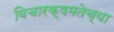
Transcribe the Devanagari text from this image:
विचारक्षमतेच्या